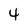
Character: 4